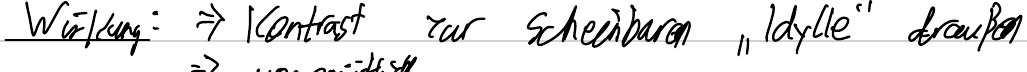
Wirkung: => Kontrast zur scheinbaren "Idylle" draußen